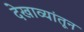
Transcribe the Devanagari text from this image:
देखाव्यांतून